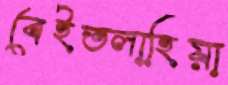
বেইতলাহিয়া